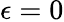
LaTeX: \epsilon=0